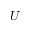
U